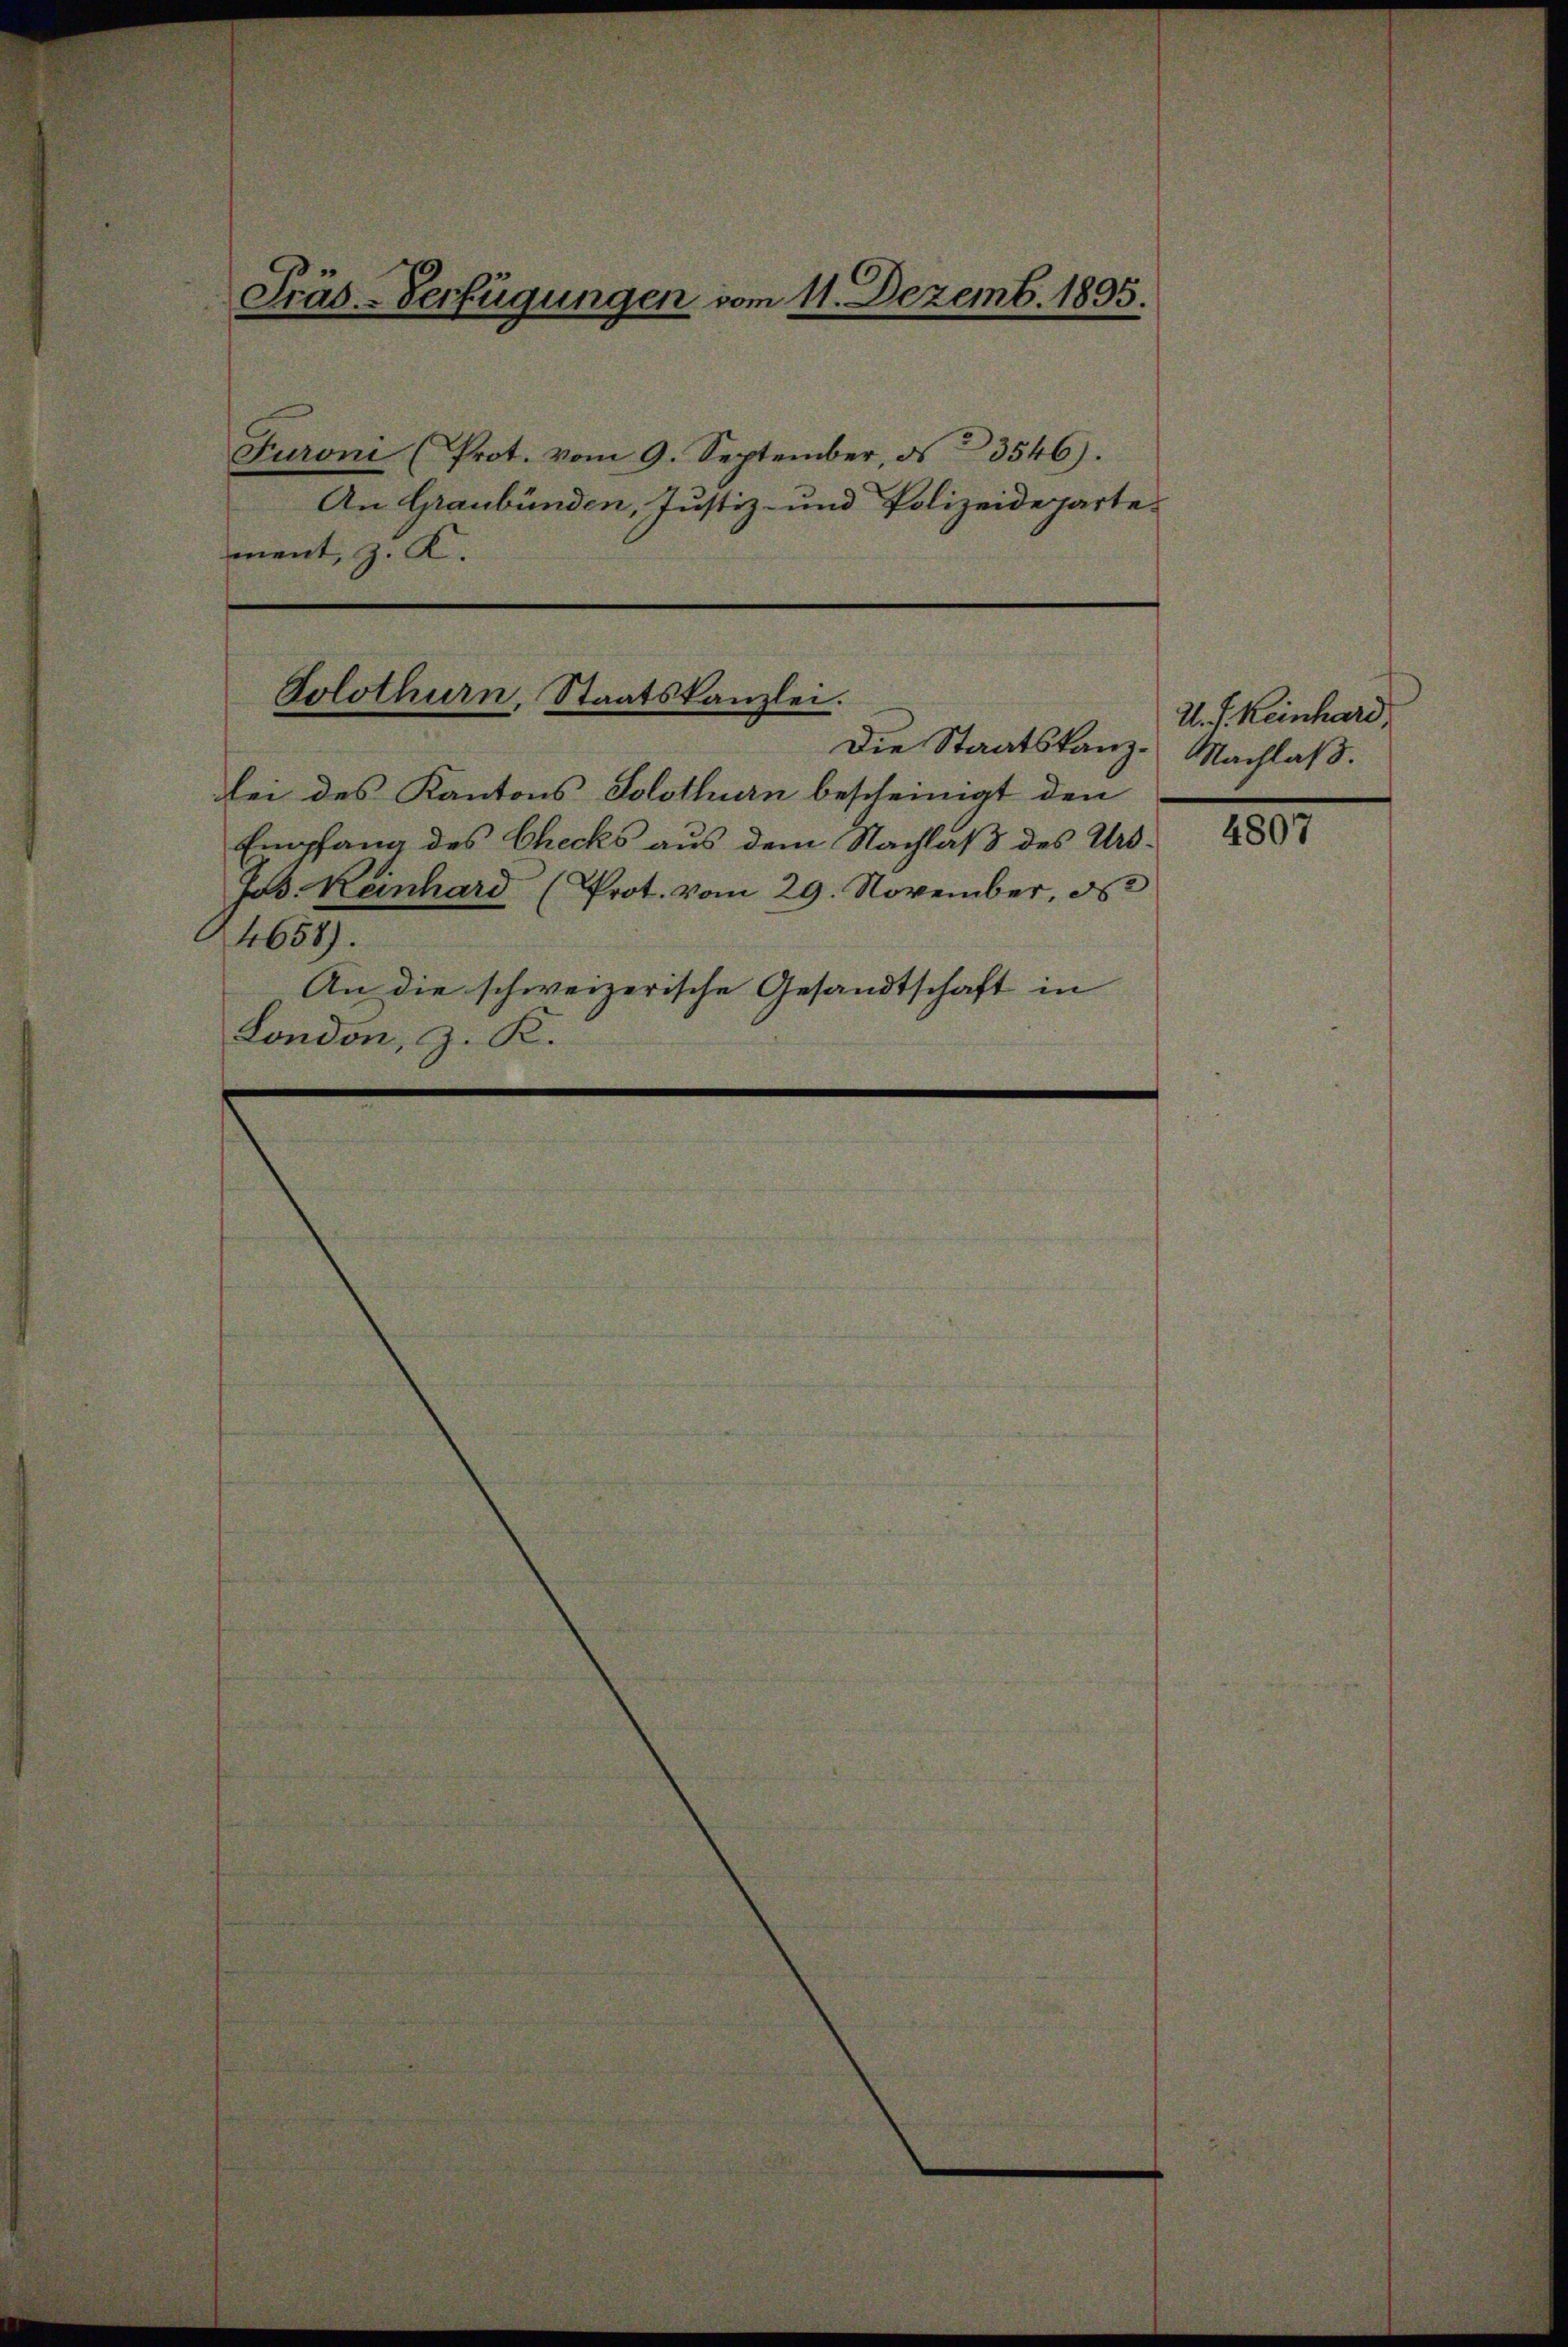
Präs-Verfügungen vom 11. Dezemb. 1895.

Die Staatskanzbei des Kantons Solothurn bescheinigt den
Empfang des Checks aus dem Nachlaß des Urs¬
Jos. Keinhard (Prot. vom 29. November, d
4658).
An die schweizerische Gesandtschaft in
London, z. K.

Furoni (Prot. vom 9. September, d. 23546).
An Graubünden, Justiz- und Polizeideparte.
ment, z. K.

Solothurn, Staatskanzlei.

U. J. Keinhard
Nachlaß.

4807